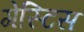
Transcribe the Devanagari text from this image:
गेस्टिस